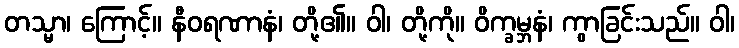
တသ္မာ၊ ကြောင့်။ နီဝရဏာနံ၊ တို့၏။ ဝါ၊ တို့ကို။ ဝိက္ခမ္ဘနံ၊ ကွာခြင်းသည်။ ဝါ၊